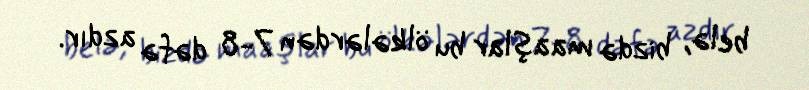
belə, bizdə maaşlar bu ölkələrdən 7-8 dəfə azdır.